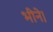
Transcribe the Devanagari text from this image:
भीने।